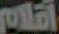
أقلام